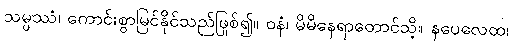
သမ္ပဿံ၊ ကောင်းစွာမြင်နိုင်သည်ဖြစ်၍။ ဝနံ၊ မိမိနေရာတောင်သို့။ နပေလေထ၊